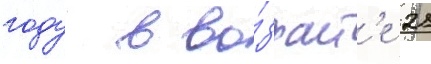
году в во́зраст'е 21